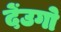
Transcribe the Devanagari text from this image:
देंउगो